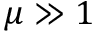
\mu \gg 1